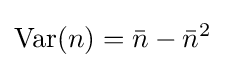
{\rm {Var}}(n)={\bar {n}}-{\bar {n}}^{2}